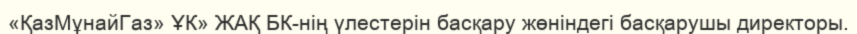
«ҚазМұнайГаз» ҰК» ЖАҚ БК-нің үлестерін басқару жөніндегі басқарушы директоры.